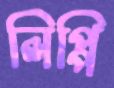
লিপ্পি